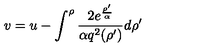
v = u - \int _ { } ^ { \rho } { \frac { 2 e ^ { \frac { \rho ^ { \prime } } { \alpha } } } { \alpha q ^ { 2 } ( \rho ^ { \prime } ) } } d \rho ^ { \prime }